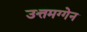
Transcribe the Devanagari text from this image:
उत्तमग्गेन